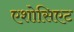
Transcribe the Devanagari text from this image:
एशोसिएट